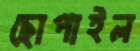
ছোপাইল